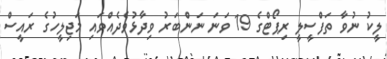
ލީކު ނުވާ ތަފްސީލީ ރިޕޯޓްގެ 19 ވަނަ ނަންބަރު ވިދާޅުވެދެއްވައި މަޖިލީހުގެ ރައީސް